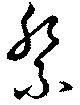
祭